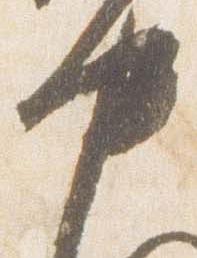
中